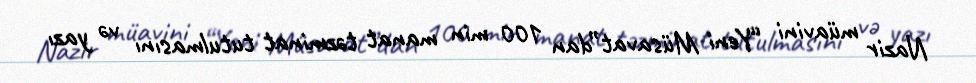
Nazir müavini “Yeni Müsavat”dan 100 min manat təzminat tutulmasını və yazı